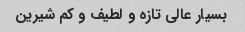
بسیار عالی تازه و لطیف و کم شیرین